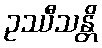
ဥဿီသန္တိ